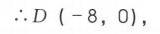
\(\therefore D\left(-8,0\right)\)，